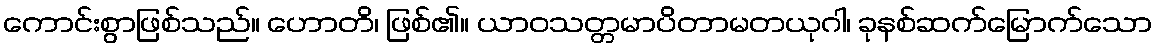
ကောင်းစွာဖြစ်သည်။ ဟောတိ၊ ဖြစ်၏။ ယာဝသတ္တမာပိတာမတယုဂါ၊ ခုနစ်ဆက်မြောက်သော